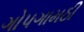
ગોપગામઠી